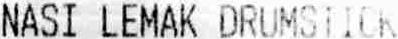
NASI LEMAK DRUMSTICK